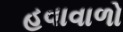
હવાવાળો